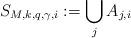
LaTeX: \begin{align*}S_{M, k, q, \gamma, i}:=\bigcup_jA_{j, i}\end{align*}